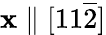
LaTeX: \mathbf{x}\parallel[11\overline{{{2}}}]